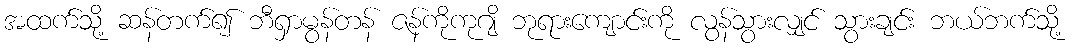
အထက်သို့ ဆန်တက်၍ ဘီရှာမွန်တန် ဇန်ကိုကုဂျိ ဘုရားကျောင်းကို လွန်သွားလျှင် သွားချင်း ဘယ်ဘက်သို့